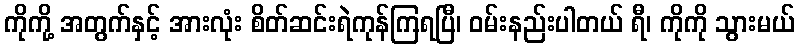
ကိုကို့ အတွက်နှင့် အားလုံး စိတ်ဆင်းရဲကုန်ကြရပြီ၊ ဝမ်းနည်းပါတယ် ရီ၊ ကိုကို သွားမယ်